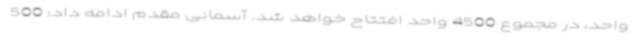
واحد، در مجموع 4500 واحد افتتاح خواهد شد. آسمانی مقدم ادامه داد: 500